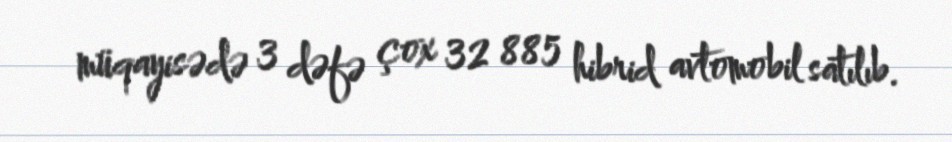
müqayisədə 3 dəfə çox 32 885 hibrid avtomobil satılıb.